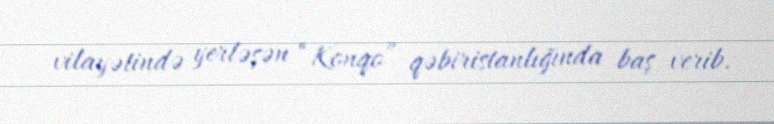
vilayətində yerləşən “Konqo” qəbiristanlığında baş verib.